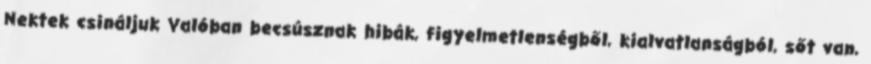
Nektek csináljuk Valóban becsúsznak hibák, figyelmetlenségből, kialvatlanságból, sőt van,